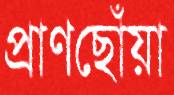
প্রাণছোঁয়া